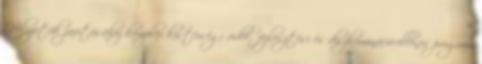
Helyzetük javításához komplex kistérségi vidék- fejlesztési és diszkrimináció-ellenes program